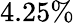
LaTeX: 4.25\%